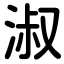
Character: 淑